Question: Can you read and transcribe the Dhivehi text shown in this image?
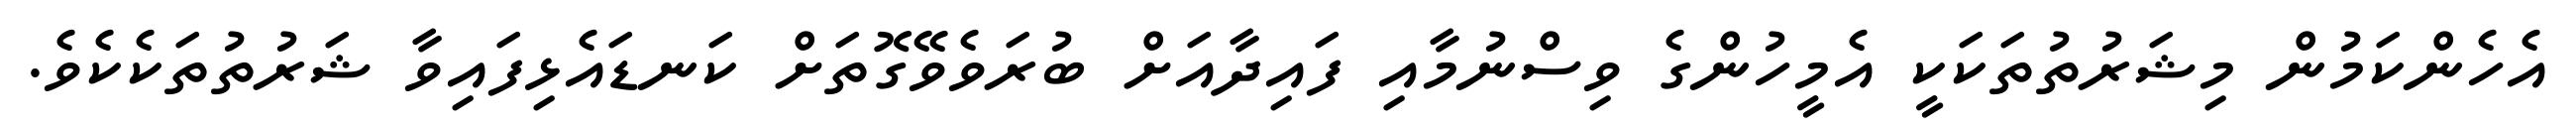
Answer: އެހެންކަމުން މިޝަރުތުތަކަކީ އެމީހުންގެ ވިސްނުމާއި ފައިދާއަށް ބުރަވެވޭގޮތަށް ކަނޑައެޅިފައިވާ ޝަރުތުތަކެކެވެ.